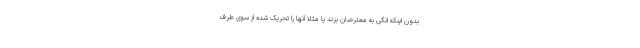
بدون اینکه انگی به معترضان بزند یا مثلا آنها را تحریک شده از سوی طرف